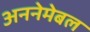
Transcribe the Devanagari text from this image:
अननेमेबल